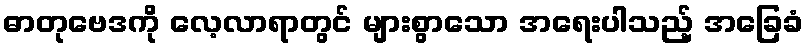
ဓာတုဗေဒကို လေ့လာရာတွင် များစွာသော အရေးပါသည့် အခြေခံ